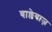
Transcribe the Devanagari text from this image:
बाल्लेबाज़